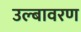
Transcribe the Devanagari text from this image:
उल्बावरण